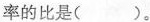
率的比是()。